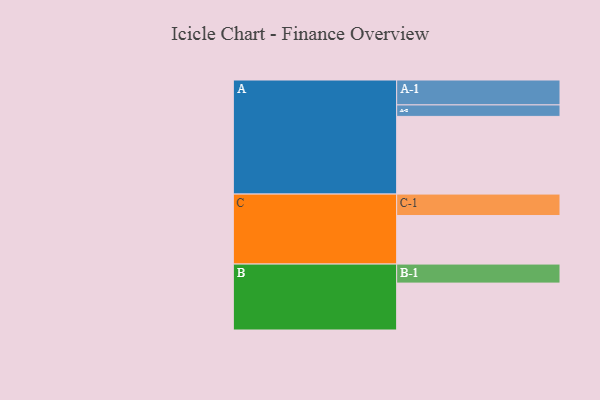
{"axis": {"x": "Segment", "y": "Value"}, "legend": ["", "A", "B", "C"], "data": [{"x": "A", "y": 555, "type": ""}, {"x": "B", "y": 335, "type": ""}, {"x": "C", "y": 347, "type": ""}, {"x": "A-1", "y": 178, "type": "A"}, {"x": "A-2", "y": 82, "type": "A"}, {"x": "B-1", "y": 136, "type": "B"}, {"x": "C-1", "y": 153, "type": "C"}]}